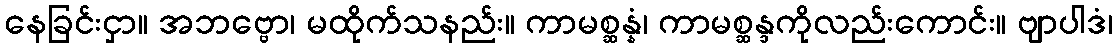
နေခြင်းငှာ။ အဘဗ္ဗော၊ မထိုက်သနည်း။ ကာမစ္ဆန္နံ၊ ကာမစ္ဆန္ဒကိုလည်းကောင်း။ ဗျာပါဒံ၊